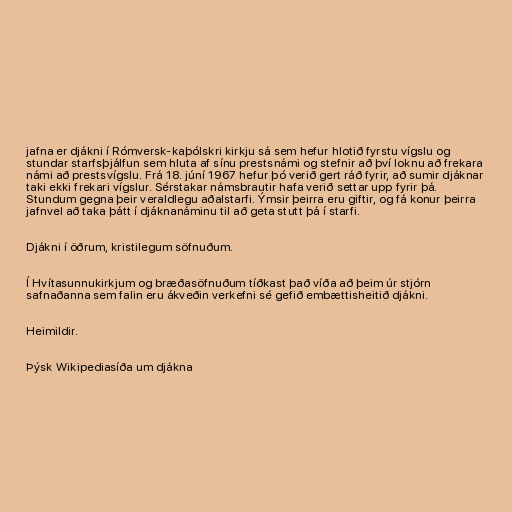
jafna er djákni í Rómversk-kaþólskri kirkju sá sem hefur hlotið fyrstu vígslu og
stundar starfsþjálfun sem hluta af sínu prestsnámi og stefnir að því loknu að frekara
námi að prestsvígslu. Frá 18. júní 1967 hefur þó verið gert ráð fyrir, að sumir djáknar
taki ekki frekari vígslur. Sérstakar námsbrautir hafa verið settar upp fyrir þá.
Stundum gegna þeir veraldlegu aðalstarfi. Ýmsir þeirra eru giftir, og fá konur þeirra
jafnvel að taka þátt í djáknanáminu til að geta stutt þá í starfi.

Djákni í öðrum, kristilegum söfnuðum.

Í Hvítasunnukirkjum og bræðasöfnuðum tíðkast það víða að þeim úr stjórn
safnaðanna sem falin eru ákveðin verkefni sé gefið embættisheitið djákni.

Heimildir.

Þýsk Wikipediasíða um djákna